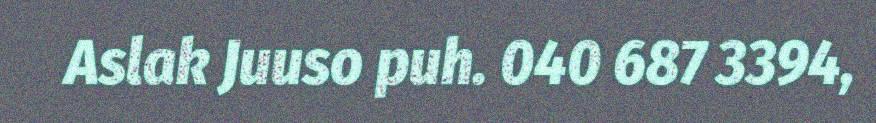
Aslak Juuso puh. 040 687 3394,